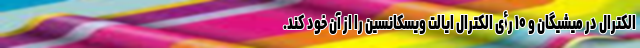
الکترال در میشیگان و ۱۰ رأی الکترال ایالت ویسکانسین را از آن خود کند.